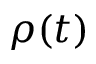
\rho ( t )